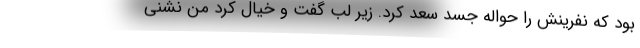
بود که نفرینش را حواله جسد سعد کرد. زیر لب گفت و خیال کرد من نشنی